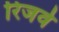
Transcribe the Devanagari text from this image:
रिजर्वे